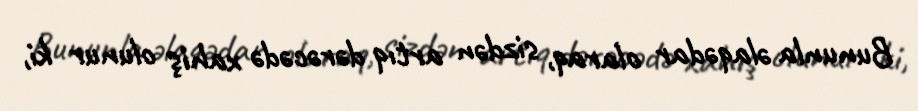
Bununla əlaqədar olaraq, sizdən artıq dərəcədə xahiş olunur ki,